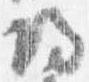
帰